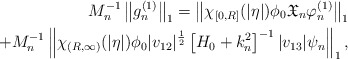
\begin{align*} M_n^{-1} \left\| g^{(1)}_n\right\| _1 = \left\| \chi_{[0, R] }(|\eta|)\phi_0 \mathfrak{X}_n \varphi_n^{(1)}\right\| _1 \\+ M_n^{-1}\left\| \chi_{(R, \infty) }(|\eta|) \phi_0 |v_{12}|^{\frac 12} \left[H_0 + k_n^2 \right]^{-1} |v_{13}| \psi_n \right\| _1 , \end{align*}